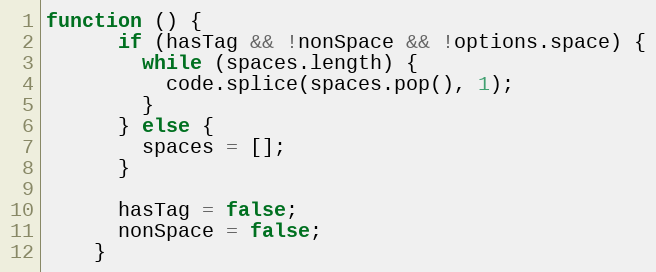
Language: JavaScript
function () {
      if (hasTag && !nonSpace && !options.space) {
        while (spaces.length) {
          code.splice(spaces.pop(), 1);
        }
      } else {
        spaces = [];
      }

      hasTag = false;
      nonSpace = false;
    }